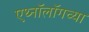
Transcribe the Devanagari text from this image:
एथ्नॉलॉगच्या